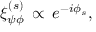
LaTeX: \xi _ { \psi \phi } ^ { ( s ) } \, \propto \, e ^ { - i \phi _ { s } } ,